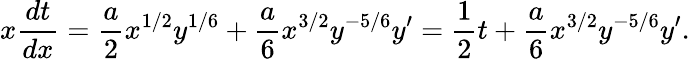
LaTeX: x\frac{dt}{dx}=\frac{a}{2}x^{1/2}y^{1/6}+\frac{a}{6}x^{3/2}y^{-5/6}y^{\prime}=\frac{1}{2}t+\frac{a}{6}x^{3/2}y^{-5/6}y^{\prime}.